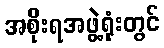
အစိုးရအဖွဲ့ရုံးတွင်